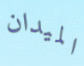
الميدان